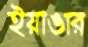
ইয়াঙার